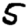
Digit: 5